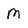
Character: M